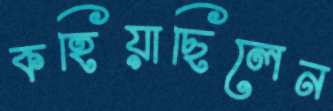
কহিয়াছিলেন